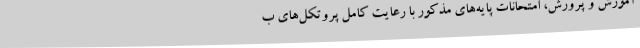
آموزش و پرورش، امتحانات پایه‌های مذکور با رعایت کامل پروتکل‌های ب